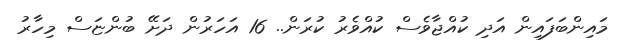
މައިންބަފައިން އަދި ކުއްޖާވެސް ކުއްވެރު ކުރަން.. 16 އަހަރުން ދަށޭ ބުންޏަސް މިހާރު